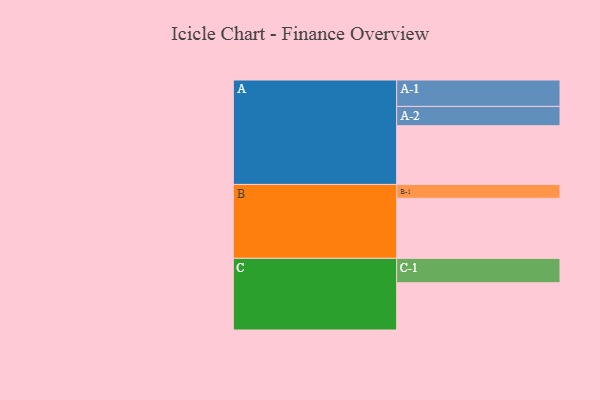
{"axis": {"x": "Segment", "y": "Value"}, "legend": ["", "A", "B", "C"], "data": [{"x": "A", "y": 496, "type": ""}, {"x": "B", "y": 507, "type": ""}, {"x": "C", "y": 399, "type": ""}, {"x": "A-1", "y": 223, "type": "A"}, {"x": "A-2", "y": 163, "type": "A"}, {"x": "B-1", "y": 117, "type": "B"}, {"x": "C-1", "y": 206, "type": "C"}]}